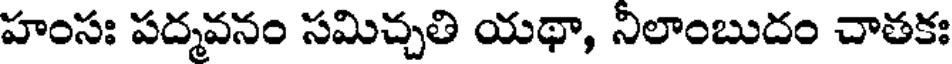
హంసః పద్మవనం సమిచ్చతి యథా, నిలాంబుదం చాతకః